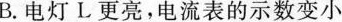
B.电灯L更亮，电流表的示数变小